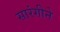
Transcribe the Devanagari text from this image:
सारंगीने